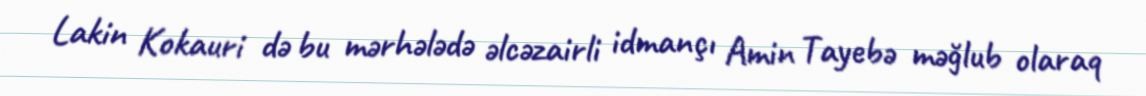
Lakin Kokauri də bu mərhələdə əlcəzairli idmançı Amin Tayebə məğlub olaraq